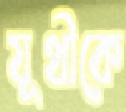
যূথীকে